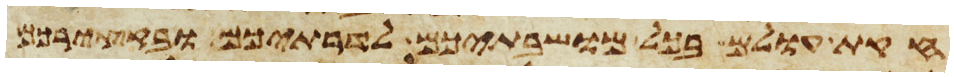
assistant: חקות עולם בכל מושבתיכם לדרתיכם ובקצירכם